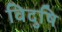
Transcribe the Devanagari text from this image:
विदुषि